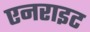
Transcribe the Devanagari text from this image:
एनराइट